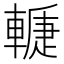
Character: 𨎉